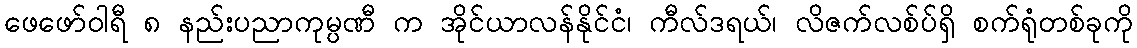
ဖေဖော်ဝါရီ ၈ နည်းပညာကုမ္ပဏီ က အိုင်ယာလန်နိုင်ငံ၊ ကီလ်ဒရယ်၊ လိဇက်လစ်ပ်ရှိ စက်ရုံတစ်ခုကို